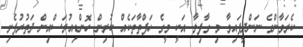
ކެރަވާންގެ ނަންދީފައިވާ މި ގާފިލާ އަކީ މީގެ ހަފްތާތަކެއް ކުރިން ހޮންޑިއުރަސްއިން ދަތުރުފެށި